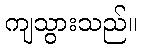
ကျသွားသည်။